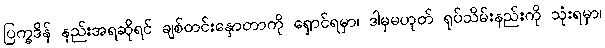
ပြက္ခဒိန် နည်းအရဆိုရင် ချစ်တင်းနှောတာကို ရှောင်ရမှာ၊ ဒါမှမဟုတ် ရုပ်သိမ်းနည်းကို သုံးရမှာ၊